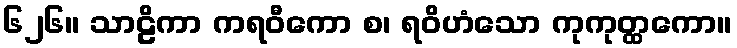
၆၂၆။ သာဠိကာ ကရဝီကော စ၊ ရဝိဟံသော ကုကုတ္ထကော။